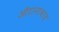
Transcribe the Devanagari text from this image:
औरानाबाद